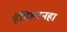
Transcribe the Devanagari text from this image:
हॅमिल्टनहा